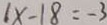
1 x - 1 8 = - 3